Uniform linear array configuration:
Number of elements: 32
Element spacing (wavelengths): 0.75
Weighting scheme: cosine
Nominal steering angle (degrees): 60
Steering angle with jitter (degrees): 61.913
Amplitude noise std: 0.05
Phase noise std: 0.05

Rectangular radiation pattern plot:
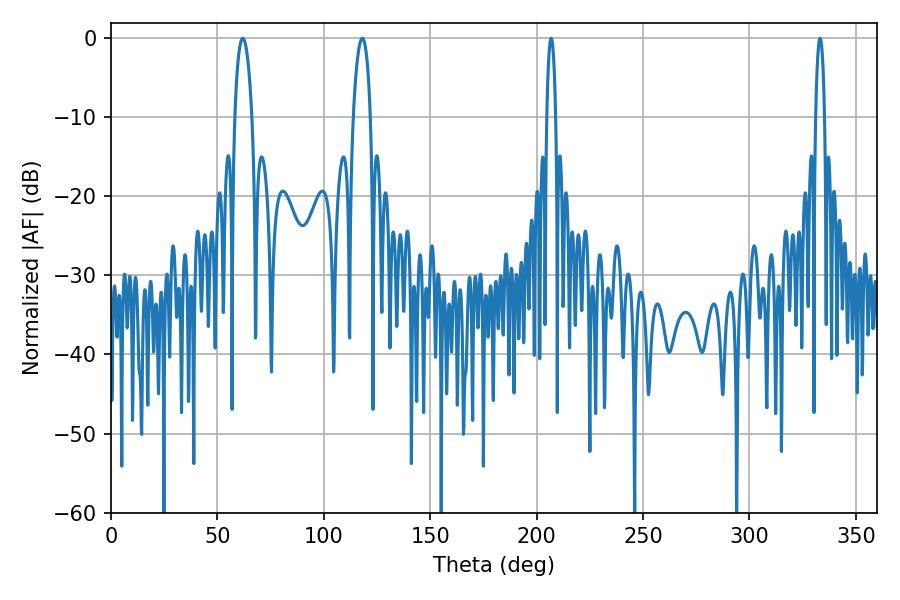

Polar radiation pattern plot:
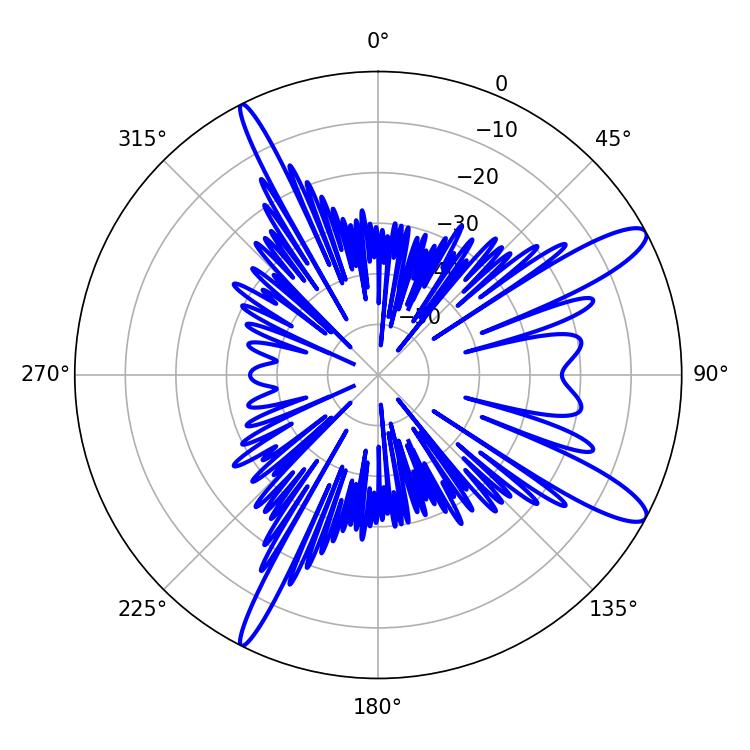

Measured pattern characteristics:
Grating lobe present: TRUE
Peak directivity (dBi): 12.333
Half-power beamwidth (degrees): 4.5
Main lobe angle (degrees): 61.92